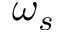
\omega _ { s }